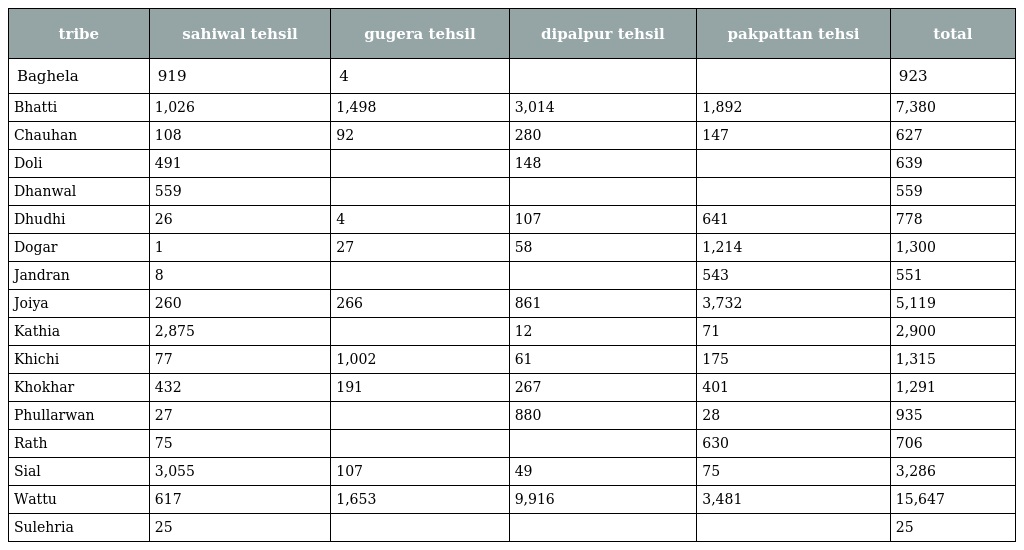
| tribe | sahiwal tehsil | gugera tehsil | dipalpur tehsil | pakpattan tehsi | total |
 | --- | --- | --- | --- | --- | --- |
 | Baghela | 919 | 4 |  |  | 923 |
 | Bhatti | 1,026 | 1,498 | 3,014 | 1,892 | 7,380 |
 | Chauhan | 108 | 92 | 280 | 147 | 627 |
 | Doli | 491 |  | 148 |  | 639 |
 | Dhanwal | 559 |  |  |  | 559 |
 | Dhudhi | 26 | 4 | 107 | 641 | 778 |
 | Dogar | 1 | 27 | 58 | 1,214 | 1,300 |
 | Jandran | 8 |  |  | 543 | 551 |
 | Joiya | 260 | 266 | 861 | 3,732 | 5,119 |
 | Kathia | 2,875 |  | 12 | 71 | 2,900 |
 | Khichi | 77 | 1,002 | 61 | 175 | 1,315 |
 | Khokhar | 432 | 191 | 267 | 401 | 1,291 |
 | Phullarwan | 27 |  | 880 | 28 | 935 |
 | Rath | 75 |  |  | 630 | 706 |
 | Sial | 3,055 | 107 | 49 | 75 | 3,286 |
 | Wattu | 617 | 1,653 | 9,916 | 3,481 | 15,647 |
 | Sulehria | 25 |  |  |  | 25 |